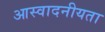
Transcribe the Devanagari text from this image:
आस्वादनीयता